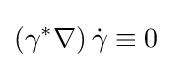
\left(\gamma ^{*}\nabla \right){\dot {\gamma }}\equiv 0